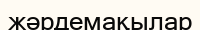
жәрдемақылар